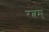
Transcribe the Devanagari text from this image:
रत्नम्‌